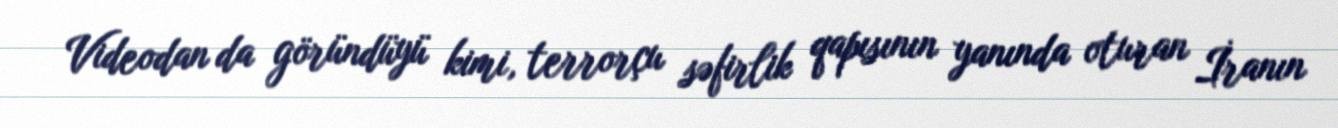
Videodan da göründüyü kimi, terrorçu səfirlik qapısının yanında oturan İranın